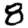
Digit: 8